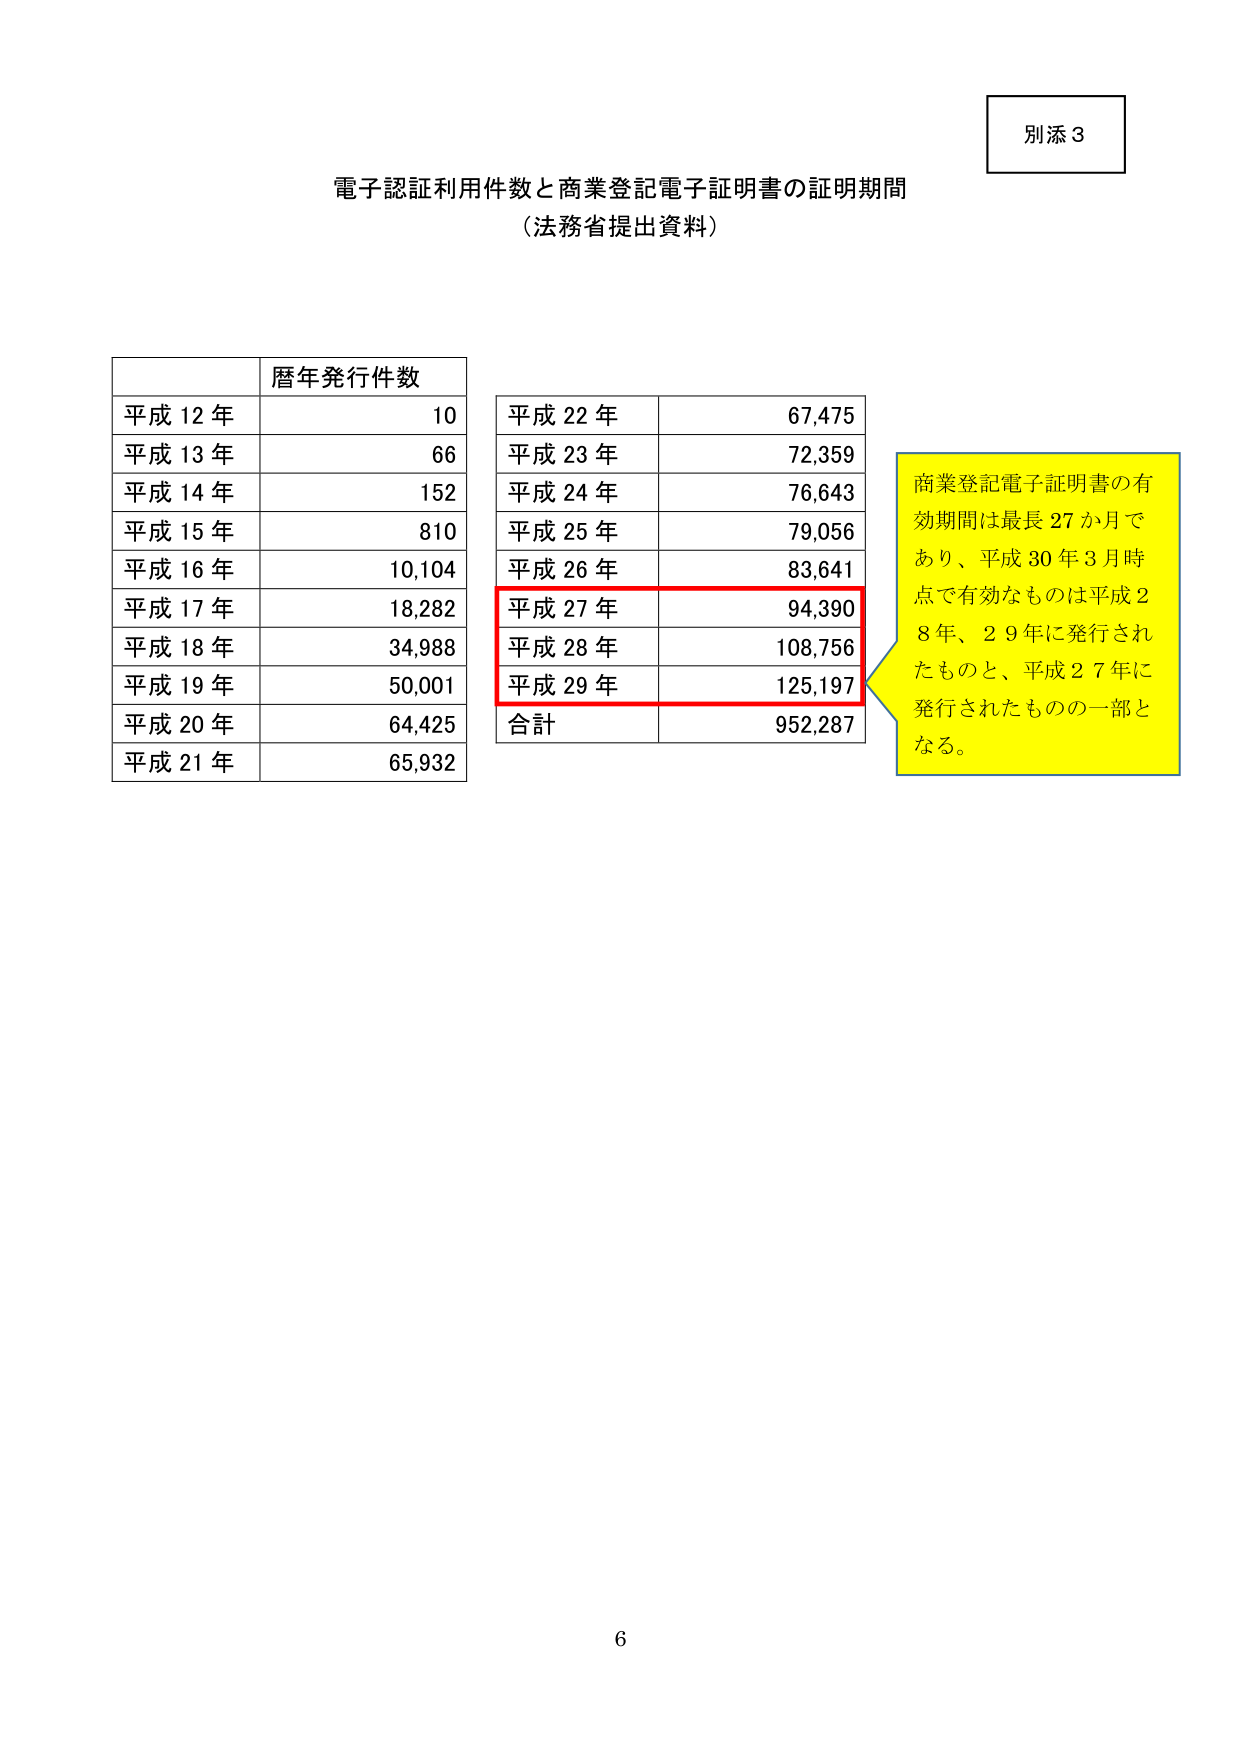
別添３

電子認証利用件数と商業登記電子証明書の証明期間
（法務省提出資料）

暦年発行件数
平成12年　10
平成13年　66
平成14年　152
平成15年　810
平成16年　10,104
平成17年　18,282
平成18年　34,988
平成19年　50,001
平成20年　64,425
平成21年　65,932

平成22年　67,475
平成23年　72,359
平成24年　76,643
平成25年　79,056
平成26年　83,641
平成27年　94,390
平成28年　108,756
平成29年　125,197
合計　952,287

商業登記電子証明書の有効期間は最長27か月であり、平成30年3月時点で有効なものは平成28年、29年に発行されたものと、平成27年に発行されたものの一部となる。

6